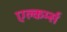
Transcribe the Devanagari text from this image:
एल्कर्म्स